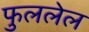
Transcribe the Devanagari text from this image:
फुललेल